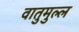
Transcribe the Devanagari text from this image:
वातुमुल्ल